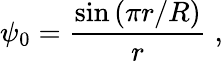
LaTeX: \psi_{0}=\frac{\sin\left(\pi r/R\right)}{r}\; ,